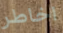
اخاطر